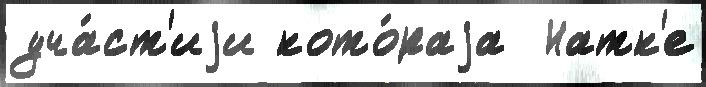
уча́ст'иjи кото́раjа  Натк'е